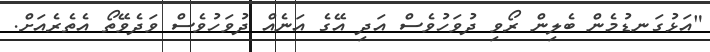
"އަޅުގަނޑުމެން ބެލިން ރޯވި ދުވަހުވެސް އަދި އޭގެ އަނެއް ދުވަހުވެސް ވަދެވޭތޯ އެތެރެއަށް.